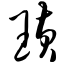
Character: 璜